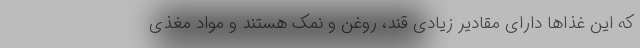
که این غذا‌ها دارای مقادیر زیادی قند، روغن و نمک هستند و مواد مغذی